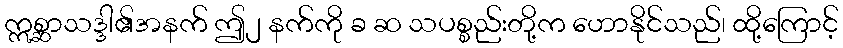
ဣစ္ဆာသဒ္ဒါ၏အနက် ဤ၂ နက်ကို ခ ဆ သပစ္စည်းတို့က ဟောနိုင်သည်၊ ထို့ကြောင့်